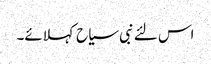
اس لئے نبی سیاح کہلائے۔